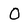
Character: O